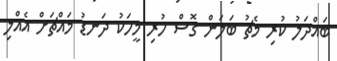
ބައްދަލު ކުރި މެޗު ބަލަން ގޮސް ހުރި މީހަކު ދަނޑު މައްޗަށް އެއްލި